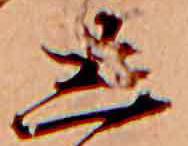
し